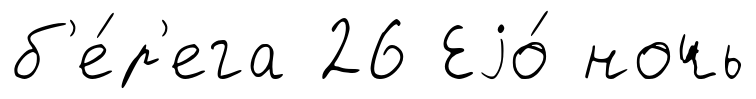
б'е́р'ега 26 Еjо́ ночь